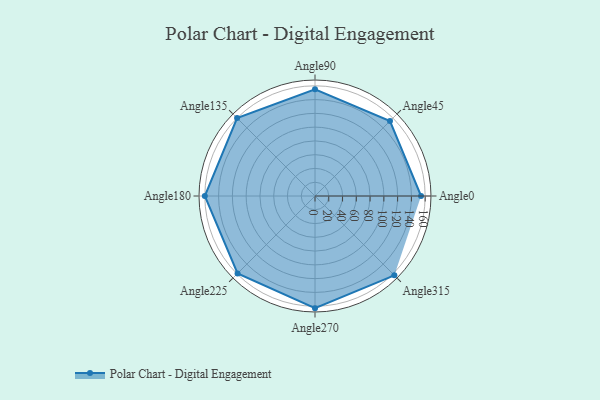
{"axis": {"x": "Angle", "y": "Radius"}, "legend": [""], "data": [{"x": "Angle0", "y": 154.0, "type": ""}, {"x": "Angle45", "y": 154.0, "type": ""}, {"x": "Angle90", "y": 155.0, "type": ""}, {"x": "Angle135", "y": 160.0, "type": ""}, {"x": "Angle180", "y": 160.0, "type": ""}, {"x": "Angle225", "y": 159.0, "type": ""}, {"x": "Angle270", "y": 163.0, "type": ""}, {"x": "Angle315", "y": 163.0, "type": ""}]}